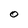
Character: O